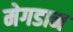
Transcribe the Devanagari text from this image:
मेगडान